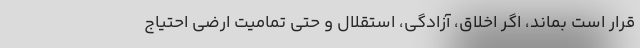
قرار است بماند، اگر اخلاق، آزادگی، استقلال و حتی تمامیت ارضی احتیاج